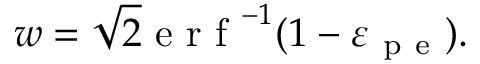
w = \sqrt { 2 } \mathrm { ~ e ~ r ~ f ~ } ^ { - 1 } ( 1 - \varepsilon _ { \mathrm { ~ p ~ e ~ } } ) .